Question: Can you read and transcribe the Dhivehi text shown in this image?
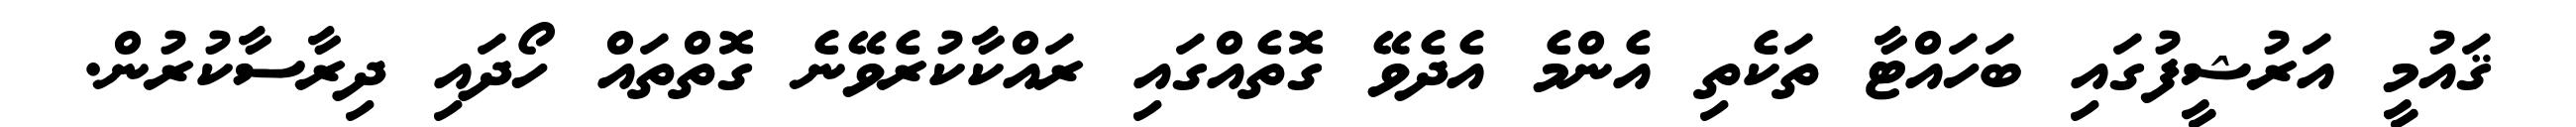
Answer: ޤައުމީ އަރުޝީފުގައި ބަހައްޓާ ތަކެތި އެންމެ އެދެވޭ ގޮތެއްގައި ރައްކާކުރެވޭނެ ގޮތްތައް ހޯދައި ދިރާސާކުރުން.